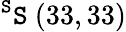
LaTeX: ^{\mathtt{S}}\mathtt{S}\ (33,33)